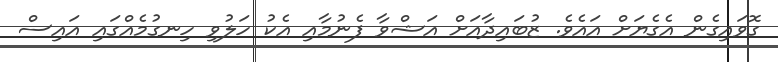
ގޮވައިގެން އެގެޔަށް އައެވެ. ޒުބައިދާއަށް އަޝްވާ ފެނުމާއި އެކު ހަލުވި ހިނގުމެއްގައި އައިސް